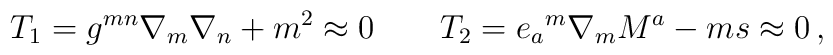
T_1=g^{mn}\nabla _m\nabla _n+m^2\approx 0\qquad T_2={e_a}^m \nabla _mM^a-ms\approx 0\,,